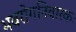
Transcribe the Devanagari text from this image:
भवरोगनिवारकः